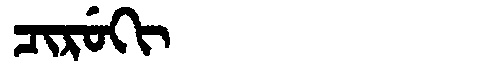
Manchu: ᠴᡳᡵᡠᡴᡳ
Romanization: CIRUKI